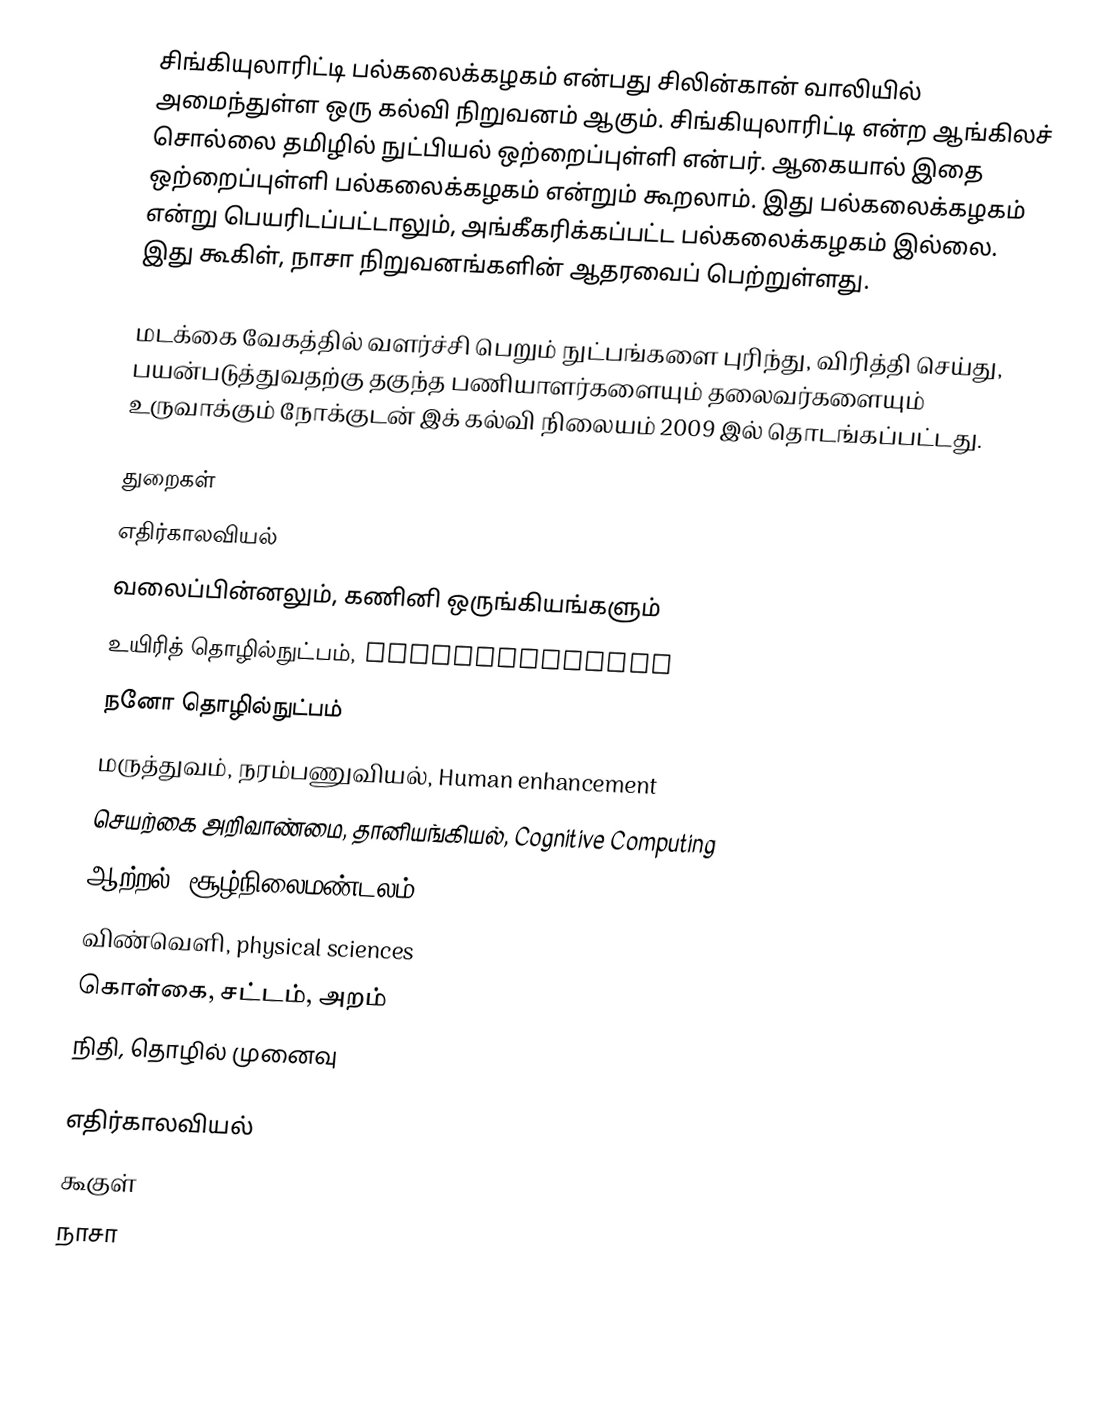
சிங்கியுலாரிட்டி பல்கலைக்கழகம் என்பது சிலின்கான் வாலியில் அமைந்துள்ள ஒரு கல்வி நிறுவனம் ஆகும். சிங்கியுலாரிட்டி என்ற ஆங்கிலச் சொல்லை தமிழில் நுட்பியல் ஒற்றைப்புள்ளி என்பர். ஆகையால் இதை ஒற்றைப்புள்ளி பல்கலைக்கழகம் என்றும் கூறலாம். இது பல்கலைக்கழகம் என்று பெயரிடப்பட்டாலும், அங்கீகரிக்கப்பட்ட பல்கலைக்கழகம் இல்லை. இது கூகிள், நாசா நிறுவனங்களின் ஆதரவைப் பெற்றுள்ளது.

மடக்கை வேகத்தில் வளர்ச்சி பெறும் நுட்பங்களை புரிந்து, விரித்தி செய்து, பயன்படுத்துவதற்கு தகுந்த பணியாளர்களையும் தலைவர்களையும் உருவாக்கும் நோக்குடன் இக் கல்வி நிலையம் 2009 இல் தொடங்கப்பட்டது.

துறைகள்
 எதிர்காலவியல்
 வலைப்பின்னலும், கணினி ஒருங்கியங்களும்
 உயிரித் தொழில்நுட்பம், Bioinformatics
 நனோ தொழில்நுட்பம்
 மருத்துவம், நரம்பணுவியல், Human enhancement
 செயற்கை அறிவாண்மை, தானியங்கியல், Cognitive Computing
 ஆற்றல், சூழ்நிலைமண்டலம்
 விண்வெளி, physical sciences
 கொள்கை, சட்டம், அறம்
 நிதி, தொழில் முனைவு

எதிர்காலவியல்
கூகுள்
நாசா